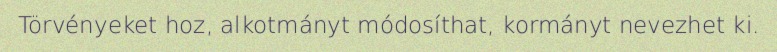
Törvényeket hoz, alkotmányt módosíthat, kormányt nevezhet ki.